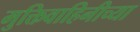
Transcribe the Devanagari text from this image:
मुक्तिवाहिनीच्या